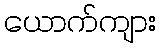
ယောက်ကျား